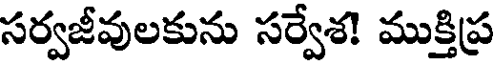
సర్వజీవులకును సర్వేశ! ముక్తిప్ర